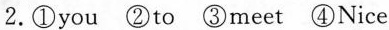
2.①you ②to ③meet ④Nice